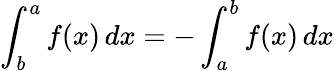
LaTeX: \int_{b}^{a}f(x)\, dx=-\int_{a}^{b}f(x)\, dx